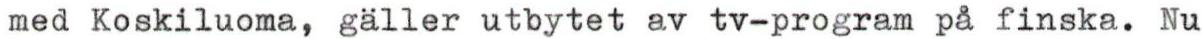
med Koskiluoma, gäller utbytet av tv-program på finska. Nu